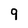
Character: 9